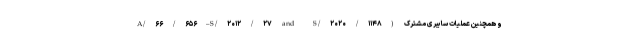
A/۶۶/۶۵۶–S/۲۰۱۲/۲۷ and S/۲۰۲۰/۱۱۴۸) و همچنین عملیات سایبری مشترک